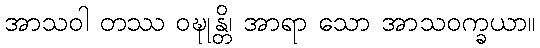
အာသဝါ တဿ ဝဍ္ဎုန္တိ၊ အာရာ သော အာသဝက္ခယာ။